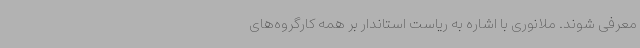
معرفی شوند. ملانوری با اشاره به ریاست استاندار بر همه کارگروه‌های